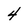
Character: 4